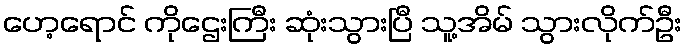
ဟေ့ရောင် ကိုဌေးကြီး ဆုံးသွားပြီ သူ့အိမ် သွားလိုက်ဦး